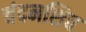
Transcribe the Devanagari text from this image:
चंदनशिव